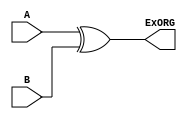
module Exor(input A, B, output ExORG);
   assign ExORG=A^B;
    endmodule